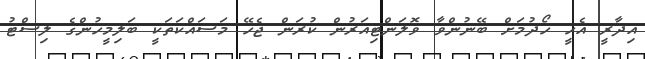
އިދާރީ އެހީ ހޯދުމަށް ބޭނުންވާ ވޮލަންޓިއަރުން ކުރަން ޖެހޭ މަސައްކަތަކީ ބަލިމީހުންގެ ލިސްޓު